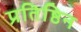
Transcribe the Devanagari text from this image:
प्रतिष्ठिन